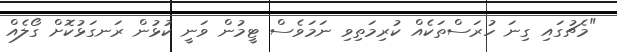
"މެޗުގައި ގިނަ ހުރަސްތަކެއް ކުރިމަތިވި ނަމަވެސް ޓީމުން ވަނީ ކުޅުން ރަނގަޅުކޮށް ގޯލެއް